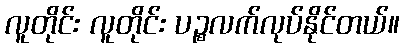
လူတိုင်း လူတိုင်း ပဉ္စလက်လုပ်နိုင်တယ်။